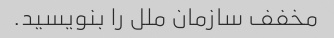
مخفف سازمان ملل را بنویسید.